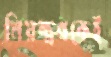
নিয়ন্ত্রণকেই